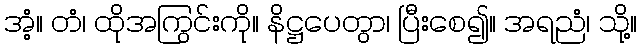
အံ့။ တံ၊ ထိုအကြွင်းကို။ နိဋ္ဌပေတွာ၊ ပြီးစေ၍။ အရညံ၊ သို့။